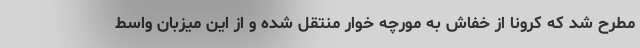
مطرح شد که کرونا از خفاش به مورچه خوار منتقل شده و از این میزبان واسط